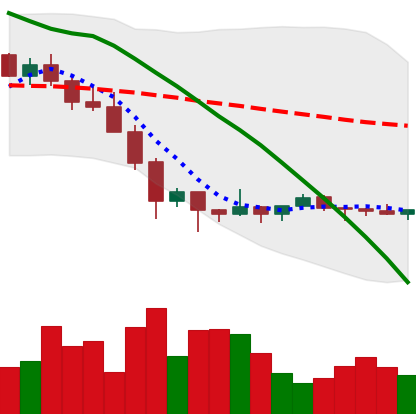
Ticker: XMR-USD
Chart end date: 2022-02-03
Forward return: 22.003%
Label: up_7plus